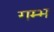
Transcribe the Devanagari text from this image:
गम्भ